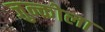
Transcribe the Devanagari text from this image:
जुन्कोला